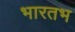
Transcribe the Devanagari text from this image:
भारतभ